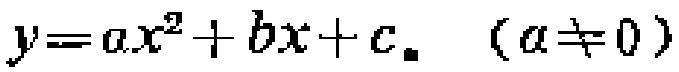
\(y = ax^{2}+bx + c.\ \ (a\neq0)\)